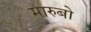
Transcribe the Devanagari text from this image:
मारुबो